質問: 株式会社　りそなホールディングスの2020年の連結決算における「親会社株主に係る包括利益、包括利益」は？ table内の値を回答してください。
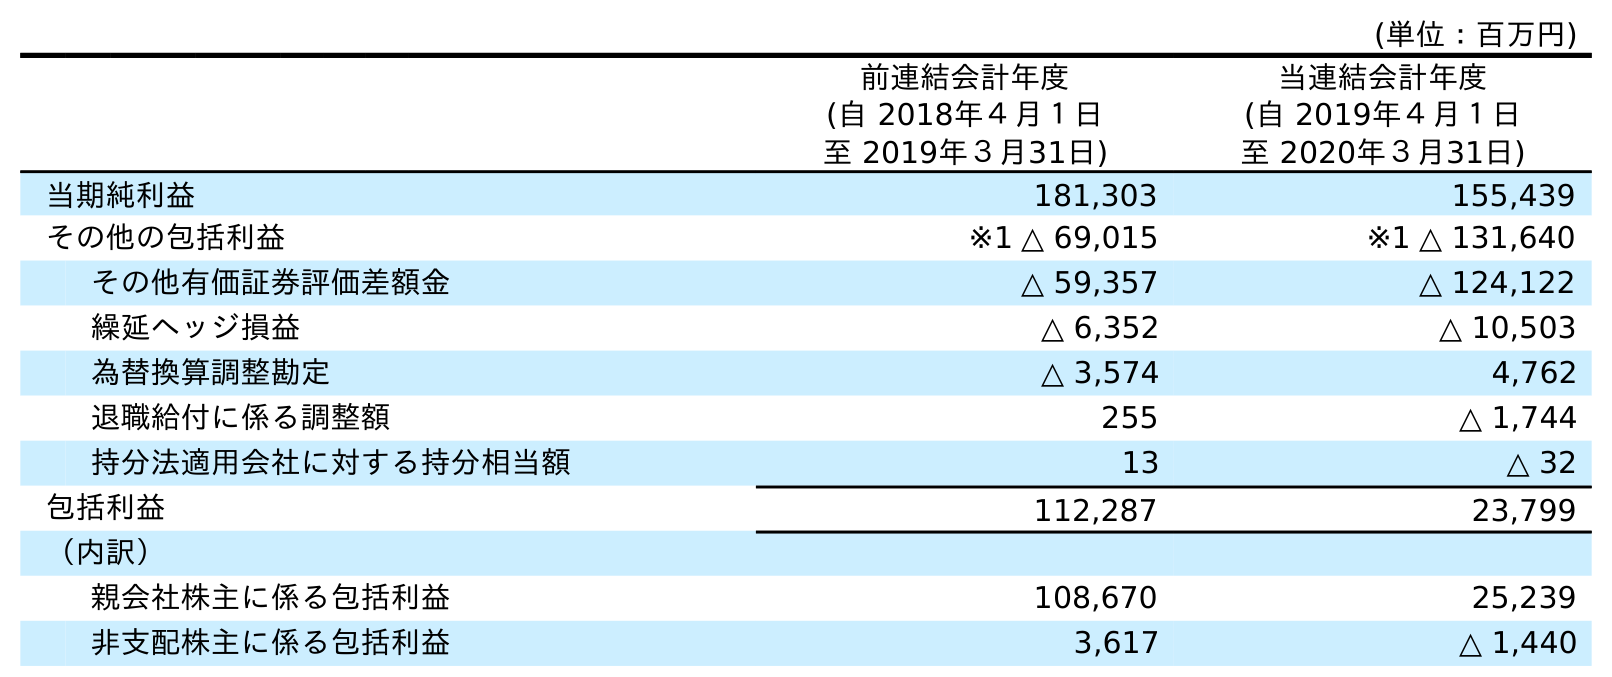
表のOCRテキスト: (単位：百万円) 前連結会計年度 (自 2018年４月１日 至 2019年３月31日) 当連結会計年度 (自 2019年４月１日 至 2020年３月31日) 当期純利益 181,303 155,439 その他の包括利益 ※1 △ 69,015 ※1 △ 131,640 その他有価証券評価差額金 △ 59,357 △ 124,122 繰延ヘッジ損益 △ 6,352 △ 10,503 為替換算調整勘定 △ 3,574 4,762 退職給付に係る調整額 255 △ 1,744 持分法適用会社に対する持分相当額 13 △ 32 包括利益 112,287 23,799 （内訳） 親会社株主に係る包括利益 108,670 25,239 非支配株主に係る包括利益 3,617 △ 1,440
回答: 25,239